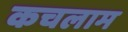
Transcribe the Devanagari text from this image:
कचलाम